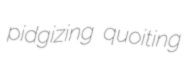
pidgizing quoiting